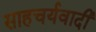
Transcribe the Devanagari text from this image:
साहचर्यवादी